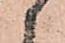
候